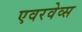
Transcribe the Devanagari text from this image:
एवरवेव्स